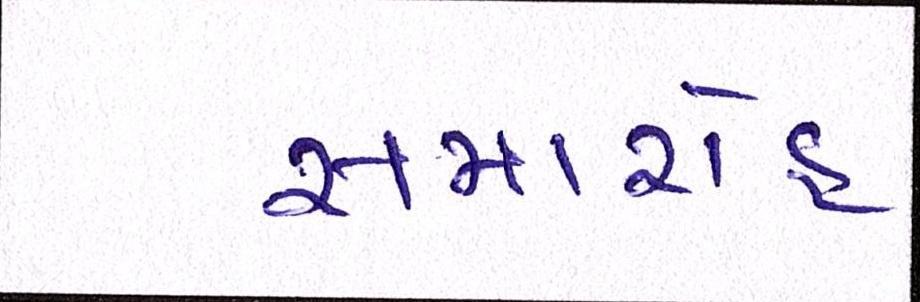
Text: સમારોહ